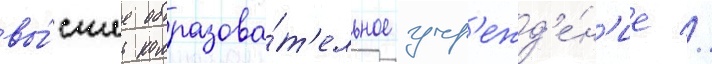
вы́сшее образова́т'ельное учр'ежд'е́н'ие //